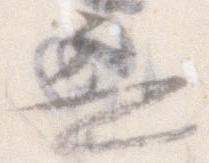
無